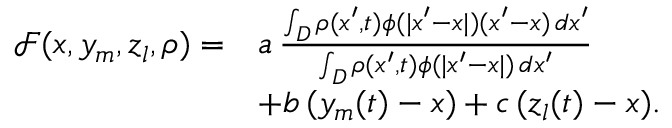
\begin{array} { r l } { \mathcal F ( x , y _ { m } , z _ { l } , \rho ) = } & { a \, \frac { \int _ { D } \rho ( x ^ { \prime } , t ) \phi ( | x ^ { \prime } - x | ) ( x ^ { \prime } - x ) \, d x ^ { \prime } } { \int _ { D } \rho ( x ^ { \prime } , t ) \phi ( | x ^ { \prime } - x | ) \, d x ^ { \prime } } } \\ & { + b \, ( y _ { m } ( t ) - x ) + c \, ( z _ { l } ( t ) - x ) . } \end{array}